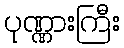
ပုဏ္ဏားကြီး